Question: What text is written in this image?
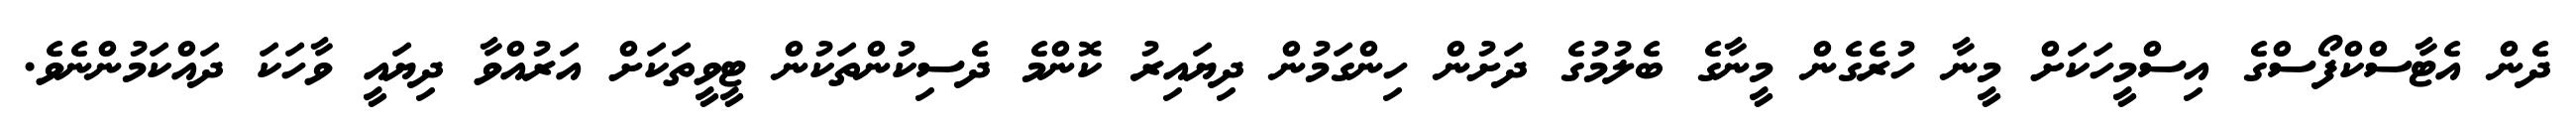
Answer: ދެން އެޓާސްކްފޯސްގެ އިސްމީހަކަށް މީނާ ހުރެގެން މީނާގެ ބެލުމުގެ ދަށުން ހިންގަމުން ދިޔައިރު ކޮންމެ ދެސިކުންތަކުން ޓީވީތަކަށް އަރުއްވާ ދިޔައީ ވާހަކަ ދައްކަމުންނެވެ.